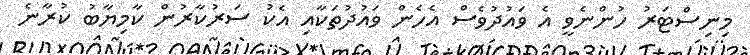
މިނިސްޓަރު ހުންނެވީ އެ ވައުދުވެސް އެހެން ވައުދުތަކާއި އެކު ސަރުކާރުން ކާމިޔާބު ކުރާނެ